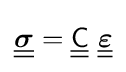
{\underline {\underline {\boldsymbol {\sigma }}}}={\underline {\underline {\mathsf {C}}}}~{\underline {\underline {\boldsymbol {\varepsilon }}}}